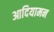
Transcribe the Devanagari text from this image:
आदियामन